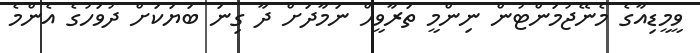
ވީމީޑިއާގެ މެނޭޖުމަންޓުން ނިންމީ ތަރާވީޙް ނަމާދަށް ދާ ގިނަ ބަޔަކަށް ދުވަހުގެ އެންމެ